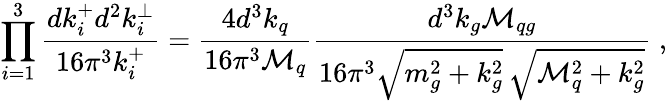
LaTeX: \prod_{i=1}^{3}{\frac{dk_{i}^{+}d^{2}k_{i}^{\perp}}{16\pi^{3}k_{i}^{+}}}={\frac{4d^{3}k_{q}}{16\pi^{3}{\cal M}_{q}}}{\frac{d^{3}k_{g}{\cal M}_{qg}}{16\pi^{3}\sqrt{m_{g}^{2}+k_{g}^{2}}\, \sqrt{{\cal M}_{q}^{2}+k_{g}^{2}}}}\; ,